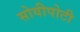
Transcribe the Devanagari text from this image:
सोयीपोटी